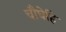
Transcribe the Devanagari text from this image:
चौघेहि